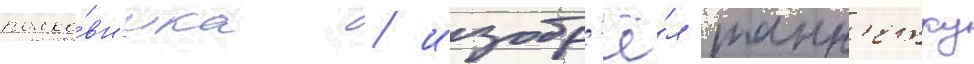
полко́вн'ика / изобр'ё́л танк'етку